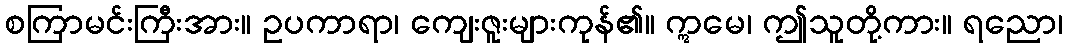
စကြာမင်းကြီးအား။ ဥပကာရာ၊ ကျေးဇူးများကုန်၏။ ဣမေ၊ ဤသူတို့ကား။ ရညော၊